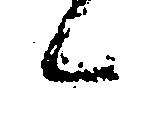
候